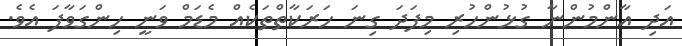
އަދި އާންމުންނާ ގުޅުންހުރި މިފަދަ ގިނަ ހަރަކާތްތަކެއް މެޑަމް ވަނީ ހިންގަވާފަ އެވެ.